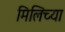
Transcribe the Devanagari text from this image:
मिलिच्या